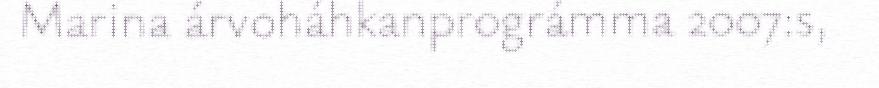
Marina árvoháhkanprográmma 2007:s,